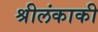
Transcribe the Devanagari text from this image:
श्रीलंकाकी